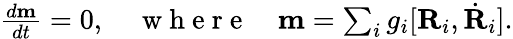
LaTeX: \begin{array}{r}{\frac{d{\mathbf m}}{dt}=0,\quad\mathrm{~w~h~e~r~e~}\quad{\mathbf m}=\sum_{i}g_{i}[{\mathbf R}_{i},\dot{\mathbf R}_{i}].}\end{array}